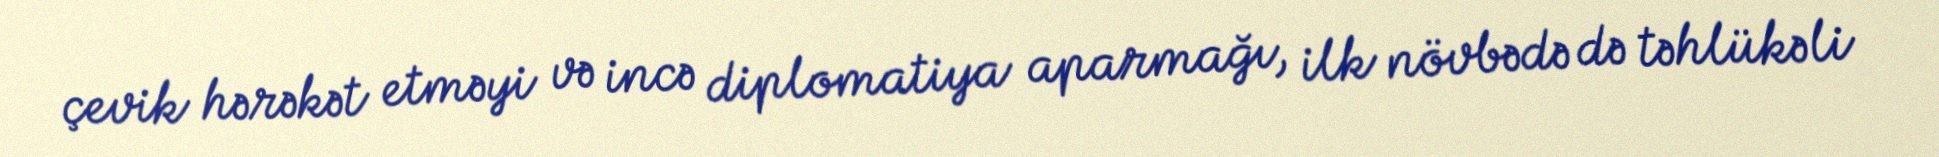
çevik hərəkət etməyi və incə diplomatiya aparmağı, ilk növbədə də təhlükəli